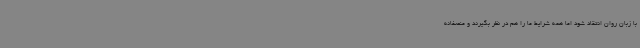
با زبان روان انتقاد شود اما همه شرایط ما را هم در نظر بگیرند و منصفانه